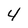
Character: 4